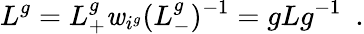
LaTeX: L^{g}=L_{+}^{g}\mathit{w}_{i^{g}}(L_{-}^{g})^{-1}=gLg^{-1}\ \ .